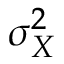
\sigma _ { X } ^ { 2 }